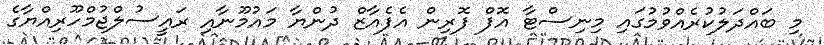
މި ބައްދަލުކުރެއްވުމުގައި މިނިސްޓާ އޮފް ފޮރިން އެފެއާޒް ދުންޔާ މައުމޫނާއި ރައީސުލްޖުމްހޫރިއްޔާގެ